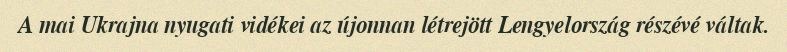
A mai Ukrajna nyugati vidékei az újonnan létrejött Lengyelország részévé váltak.